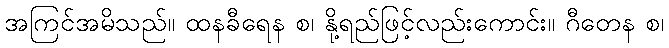
အကြင်အမိသည်။ ထနခီရေန စ၊ နို့ရည်ဖြင့်လည်းကောင်း။ ဂီတေန စ၊